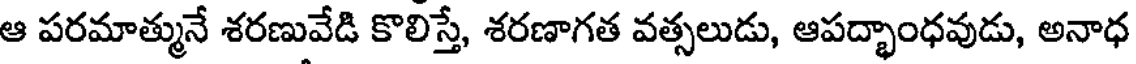
ఆ పరమాత్మునే శరణువేడి కొలిస్తే, శరణాగత వత్సలుడు, ఆపద్భాంధవుడు, అనాధ